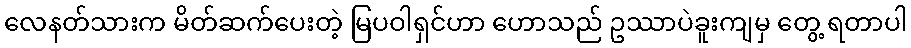
လေနတ်သားက မိတ်ဆက်ပေးတဲ့ မြပဝါရှင်ဟာ ဟောသည် ဥဿာပဲခူးကျမှ တွေ့ ရတာပါ